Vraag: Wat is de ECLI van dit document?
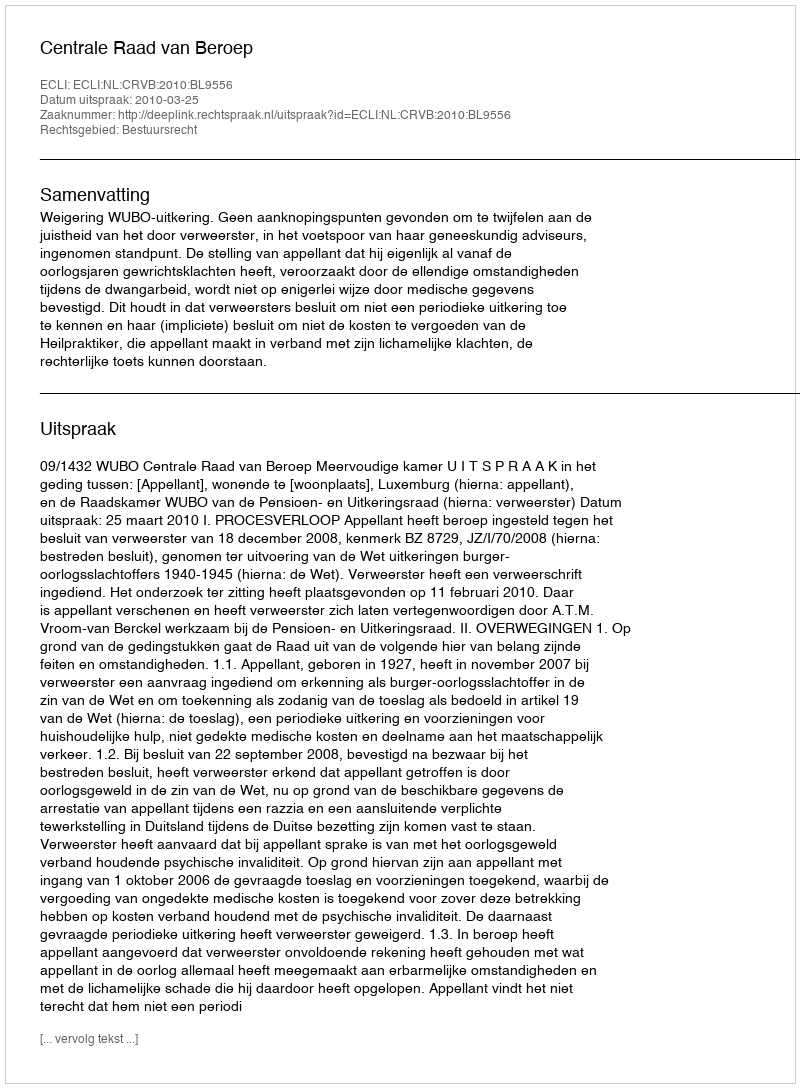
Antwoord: ECLI:NL:CRVB:2010:BL9556